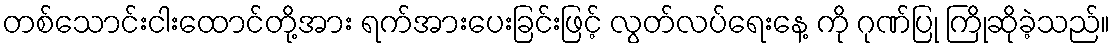
တစ်သောင်းငါးထောင်တို့အား ရက်အားပေးခြင်းဖြင့် လွတ်လပ်ရေးနေ့ ကို ဂုဏ်ပြု ကြိုဆိုခဲ့သည်။